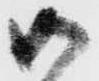
御